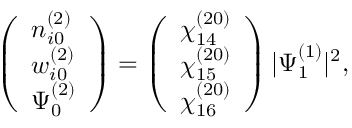
\begin{array} { r } { \left( \begin{array} { l } { n _ { i 0 } ^ { ( 2 ) } } \\ { w _ { i 0 } ^ { ( 2 ) } } \\ { \Psi _ { 0 } ^ { ( 2 ) } } \end{array} \right) = \left( \begin{array} { l } { \chi _ { 1 4 } ^ { ( 2 0 ) } } \\ { \chi _ { 1 5 } ^ { ( 2 0 ) } } \\ { \chi _ { 1 6 } ^ { ( 2 0 ) } } \end{array} \right) | \Psi _ { 1 } ^ { ( 1 ) } | ^ { 2 } , } \end{array}